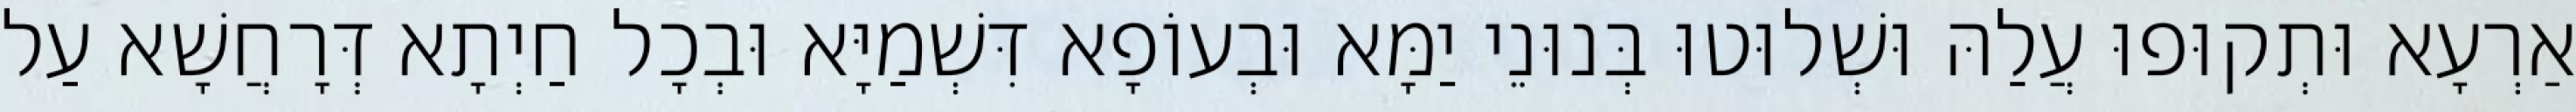
אַרְעָא וּתְקוּפוּ עֲלַהּ וּשְׁלוּטוּ בְּנוּנֵי יַמָּא וּבְעוֹפָא דִּשְׁמַיָּא וּבְכָל חַיְתָא דְּרָחֲשָׁא עַל